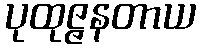
ပုထုဇ္ဇနတာယ